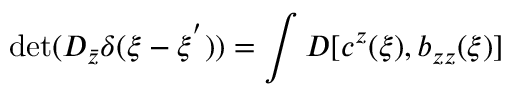
\mathrm { d e t } ( D _ { \bar { z } } \delta ( \xi - \xi ^ { ' } ) ) = \int { \cal D } [ c ^ { z } ( \xi ) , b _ { z z } ( \xi ) ]